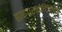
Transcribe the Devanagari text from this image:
हाइपरमोटिलिटी